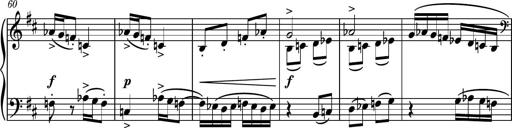
Title: Piano Sonatina No.4
Composer: Dimitri Sykias
Key: D major